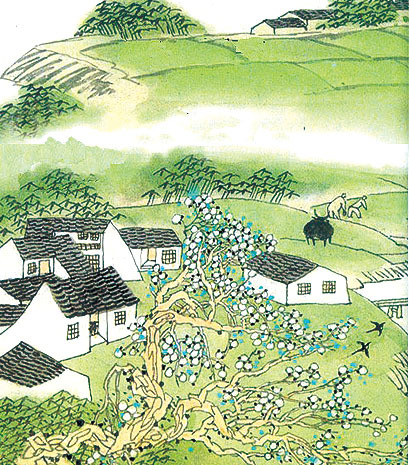
乡村四月闲人少，才了蚕桑又插田。